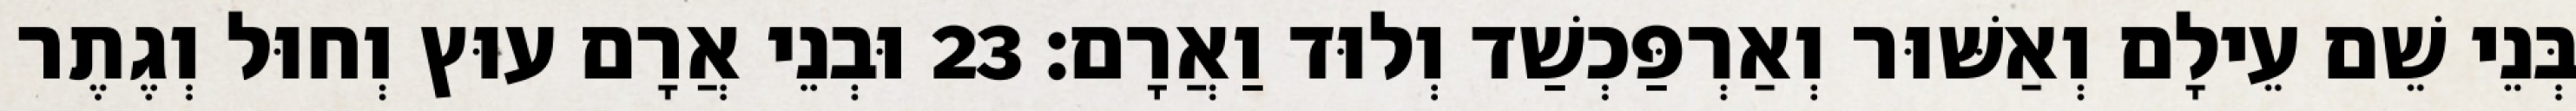
בְּנֵי שֵׁם עֵילָם וְאַשּׁוּר וְאַרְפַּכְשַׁד וְלוּד וַאֲרָם׃ 23 וּבְנֵי אֲרָם עוּץ וְחוּל וְגֶתֶר